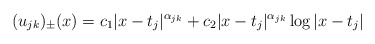
\begin{align*} (u_{jk})_\pm(x) = c_1|x-t_j|^{\alpha_{jk}} + c_2|x-t_j|^{\alpha_{jk}}\log|x-t_j|\end{align*}